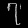
Digit: ၇